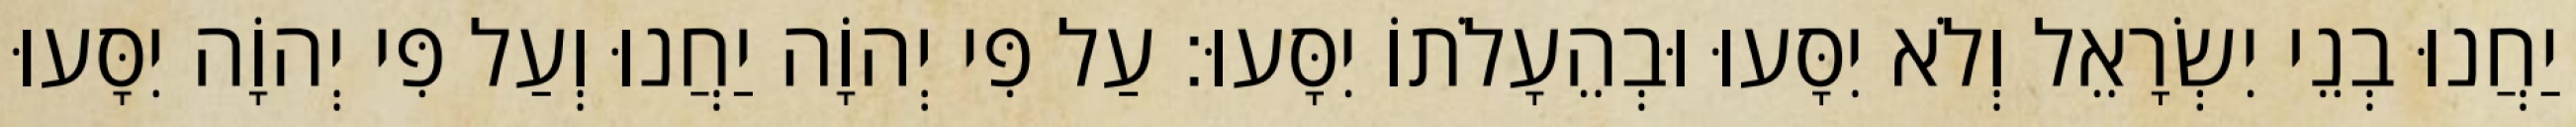
יַחֲנוּ בְנֵי יִשְׂרָאֵל וְלֹא יִסָּעוּ וּבְהֵעָלֹתוֹ יִסָּעוּ׃ עַל פִּי יְהוָֹה יַחֲנוּ וְעַל פִּי יְהוָֹה יִסָּעוּ